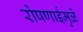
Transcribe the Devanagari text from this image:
रोषणाईमुळे